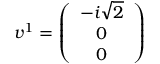
v ^ { 1 } = \left( \begin{array} { c } { { - i \sqrt { 2 } } } \\ { { 0 } } \\ { { 0 } } \end{array} \right)